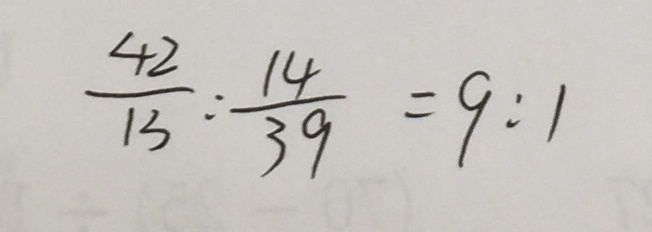
\frac { 4 2 } { 1 3 } : \frac { 1 4 } { 3 9 } = 9 : 1